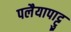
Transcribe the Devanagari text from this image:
पलैयापाट्टु